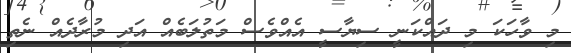
މި ވާހަކަ މި ދައްކަނީ ސިޔާސީ އެއްވެސް މަތުލަބެއް އަދި މުރާދެއް ނެތި